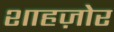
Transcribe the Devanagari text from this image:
शाहज़ोर